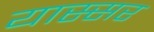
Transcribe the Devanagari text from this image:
यास्सर